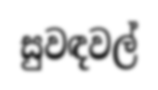
සුවඳවල්